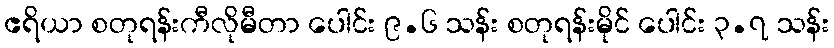
ဧရိယာ စတုရန်းကီလိုမီတာ ပေါင်း ၉.၆ သန်း စတုရန်းမိုင် ပေါင်း ၃.၇ သန်း